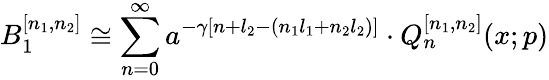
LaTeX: B_{1}^{[n_{1},n_{2}]}\cong\sum_{n=0}^{\infty}a^{-\gamma[n+l_{2}-(n_{1}l_{1}+n_{2}l_{2})]}\cdot Q_{n}^{[n_{1},n_{2}]}(x;p)